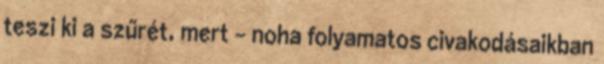
teszi ki a szűrét, mert – noha folyamatos civakodásaikban